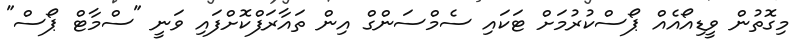
މިގޮތުން ވީޑިއޯއެއް ޕޯސްކުރުމަށް ޓަކައި ސެމްސަންގް އިން ތައާރަފްކޮށްފައި ވަނީ "ސްމާޓް ޕޯސް"